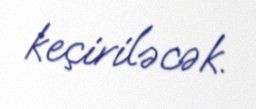
keçiriləcək.